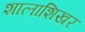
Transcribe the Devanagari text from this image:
शालाशिखर